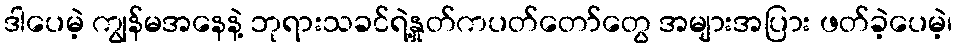
ဒါပေမဲ့ ကျွန်မအနေနဲ့ ဘုရားသခင်ရဲ့နှုတ်ကပတ်တော်တွေ အများအပြား ဖတ်ခဲ့ပေမဲ့၊